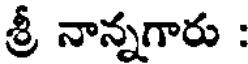
శ్రీ నాన్నగారు :